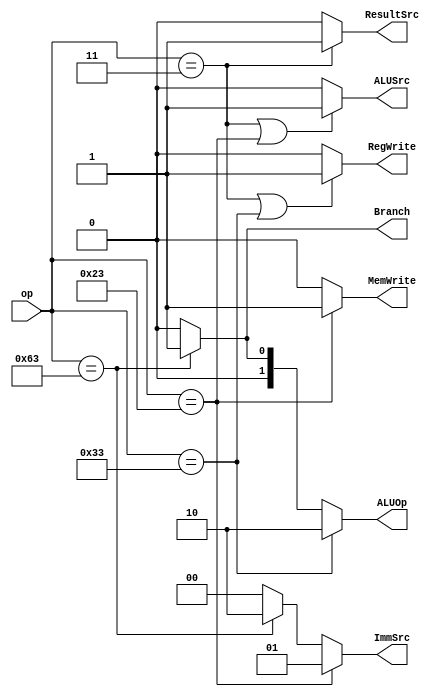
module main_decoder(op,RegWrite,MemWrite,ResultSrc,ALUSrc,ImmSrc,ALUOp, Branch);
//input
input [6:0] op;
//output
output RegWrite, MemWrite, ResultSrc, ALUSrc, Branch;
output [1:0] ImmSrc, ALUOp;

//interim wire

assign RegWrite = ((op ==7'b0000011) | (op == 7'b0110011)) ? 1'b1 : 1'b0;
assign MemWrite = ((op == 7'b0100011)) ? 1'b1 : 1'b0;
assign ALUSrc = ((op == 7'b0000011) | (op == 7'b0100011)) ? 1'b1 : 1'b0;
assign ResultSrc = ((op == 7'b0000011)) ? 1'b1 : 1'b0;
assign Branch = (op == 7'b1100011) ? 1'b1 : 1'b0;

assign ImmSrc = (op == 7'b0100011) ? 2'b01 : (op == 7'b1100011) ? 2'b10 : 2'b00;
assign ALUOp = (op == 7'b0110011) ? 2'b10 : (op == 7'b1100011) ? 2'b01 : 2'b00;

endmodule